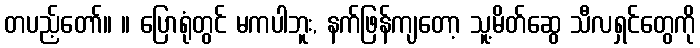
တပည့်တော်။ ။ ပြောရုံတွင် မကပါဘူး, နက်ဖြန်ကျတော့ သူ့မိတ်ဆွေ သီလရှင်တွေကို